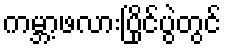
ကမ္ဘာ့ဖလားပြိုင်ပွဲတွင်